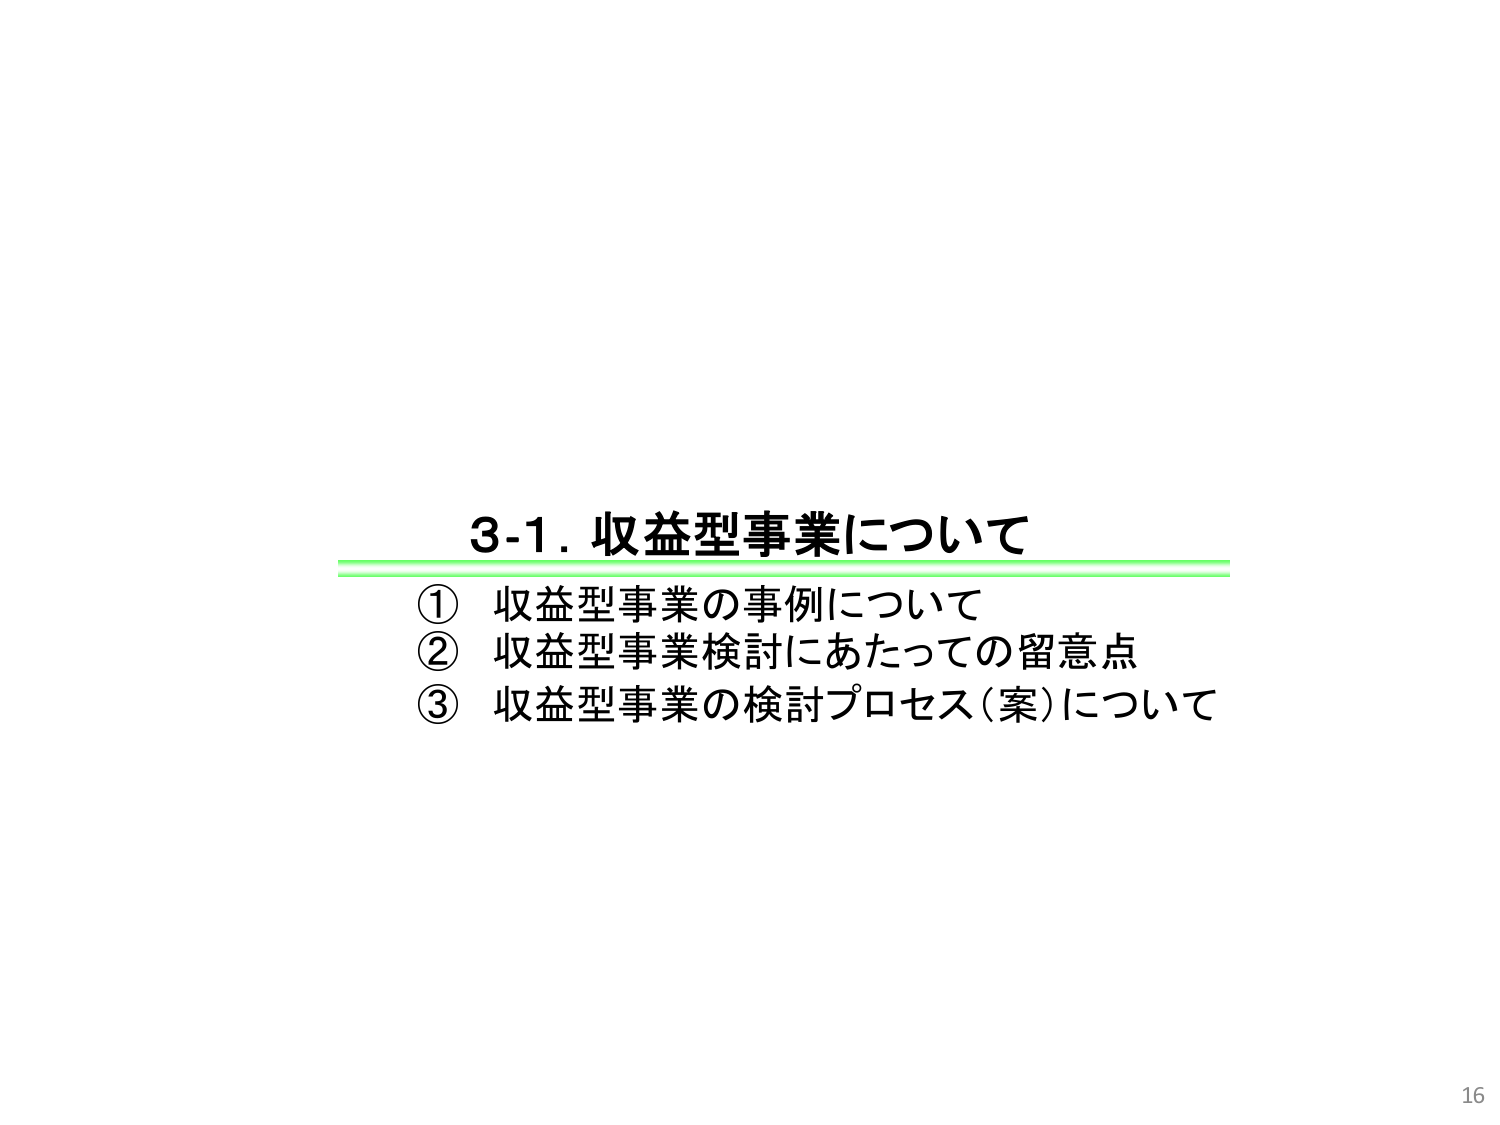
3-1. 収益型事業について
① 収益型事業の事例について
② 収益型事業検討にあたっての留意点
③ 収益型事業の検討プロセス（案）について
16